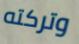
وتركته